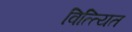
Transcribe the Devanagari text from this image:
वित्त्यित